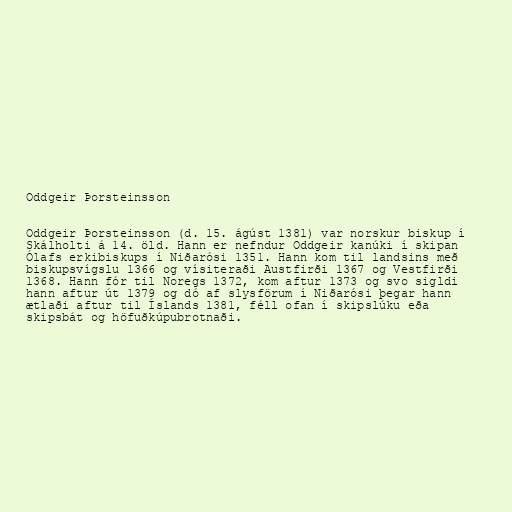
Oddgeir Þorsteinsson

Oddgeir Þorsteinsson (d. 15. ágúst 1381) var norskur biskup í
Skálholti á 14. öld. Hann er nefndur Oddgeir kanúki í skipan
Ólafs erkibiskups í Niðarósi 1351. Hann kom til landsins með
biskupsvígslu 1366 og vísiteraði Austfirði 1367 og Vestfirði
1368. Hann fór til Noregs 1372, kom aftur 1373 og svo sigldi
hann aftur út 1379 og dó af slysförum í Niðarósi þegar hann
ætlaði aftur til Íslands 1381, féll ofan í skipslúku eða
skipsbát og höfuðkúpubrotnaði.